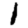
Digit: 1